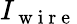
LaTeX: I_{\mathrm{~w~i~r~e~}}